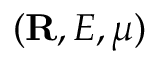
( { \bf R } , E , \mu )